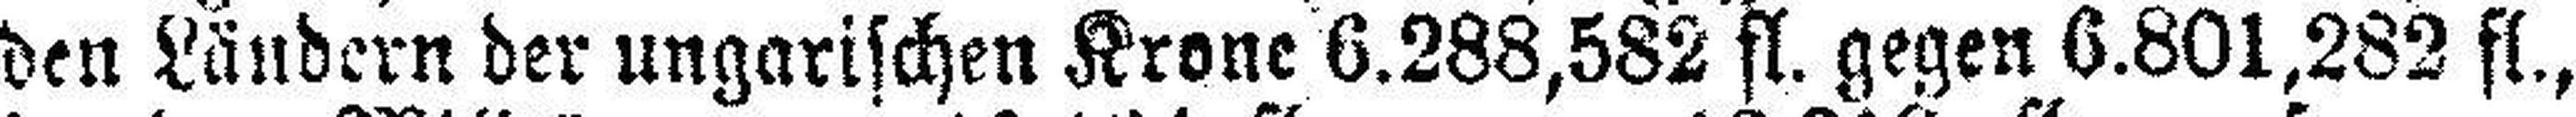
den Ländern der ungarischen Krone 6.288,582 fl. gegen 6.801,282 fl.,